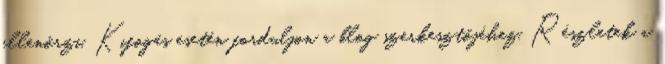
ellenőrzi. Kifogás esetén forduljon a blog szerkesztőjéhez. Részletek a